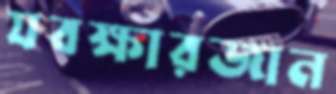
যবক্ষারজান